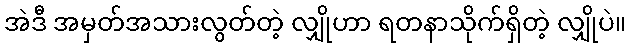
အဲဒီ အမှတ်အသားလွတ်တဲ့ လျှိုဟာ ရတနာသိုက်ရှိတဲ့ လျှိုပဲ။